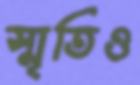
স্মৃতিও